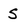
Character: S